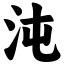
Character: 沌